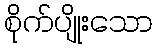
စိုက်ပျိုးသော